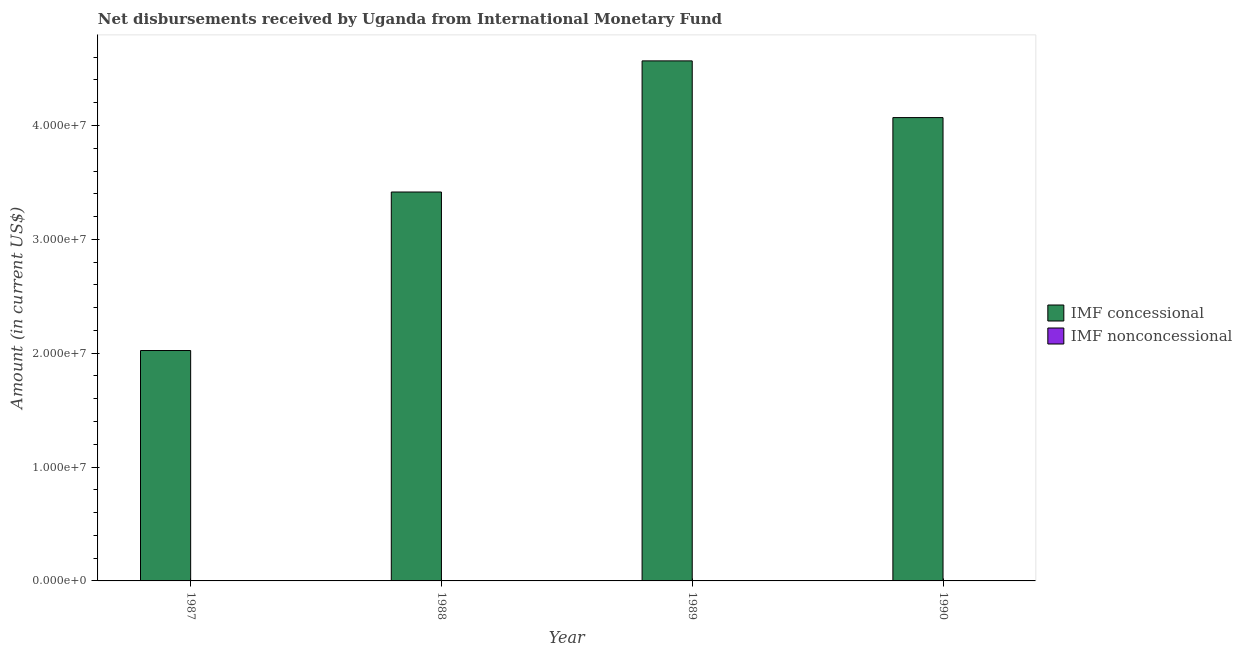
| Year | IMF concessional | IMF nonconcessional |
 | --- | --- | --- |
 | 1987 | 2.02e+07 | -3.42e+07 |
 | 1988 | 3.42e+07 | -4.11e+07 |
 | 1989 | 4.57e+07 | -6.39e+07 |
 | 1990 | 4.07e+07 | -4.04e+06 |